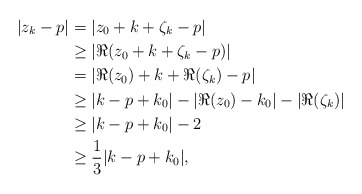
\begin{align*}|z_k - p| &= |z_0 + k + \zeta_k - p|\\ &\geq |\Re(z_0 + k + \zeta_k - p)| \\ &= |\Re(z_0) + k + \Re(\zeta_k) - p|\\ &\geq |k - p + k_0| - |\Re(z_0) - k_0| - |\Re(\zeta_k)|\\&\geq |k - p + k_0| - 2\\ &\geq \frac{1}{3}| k - p + k_0|,\end{align*}